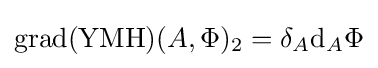
\operatorname {grad} (\operatorname {YMH} )(A,\Phi )_{2}=\delta _{A}\mathrm {d} _{A}\Phi